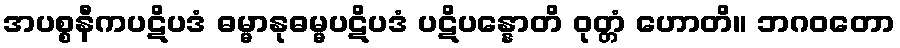
အပစ္စနီကပဋိပဒံ ဓမ္မာနုဓမ္မပဋိပဒံ ပဋိပန္နောတိ ဝုတ္တံ ဟောတိ။ ဘဂဝတော